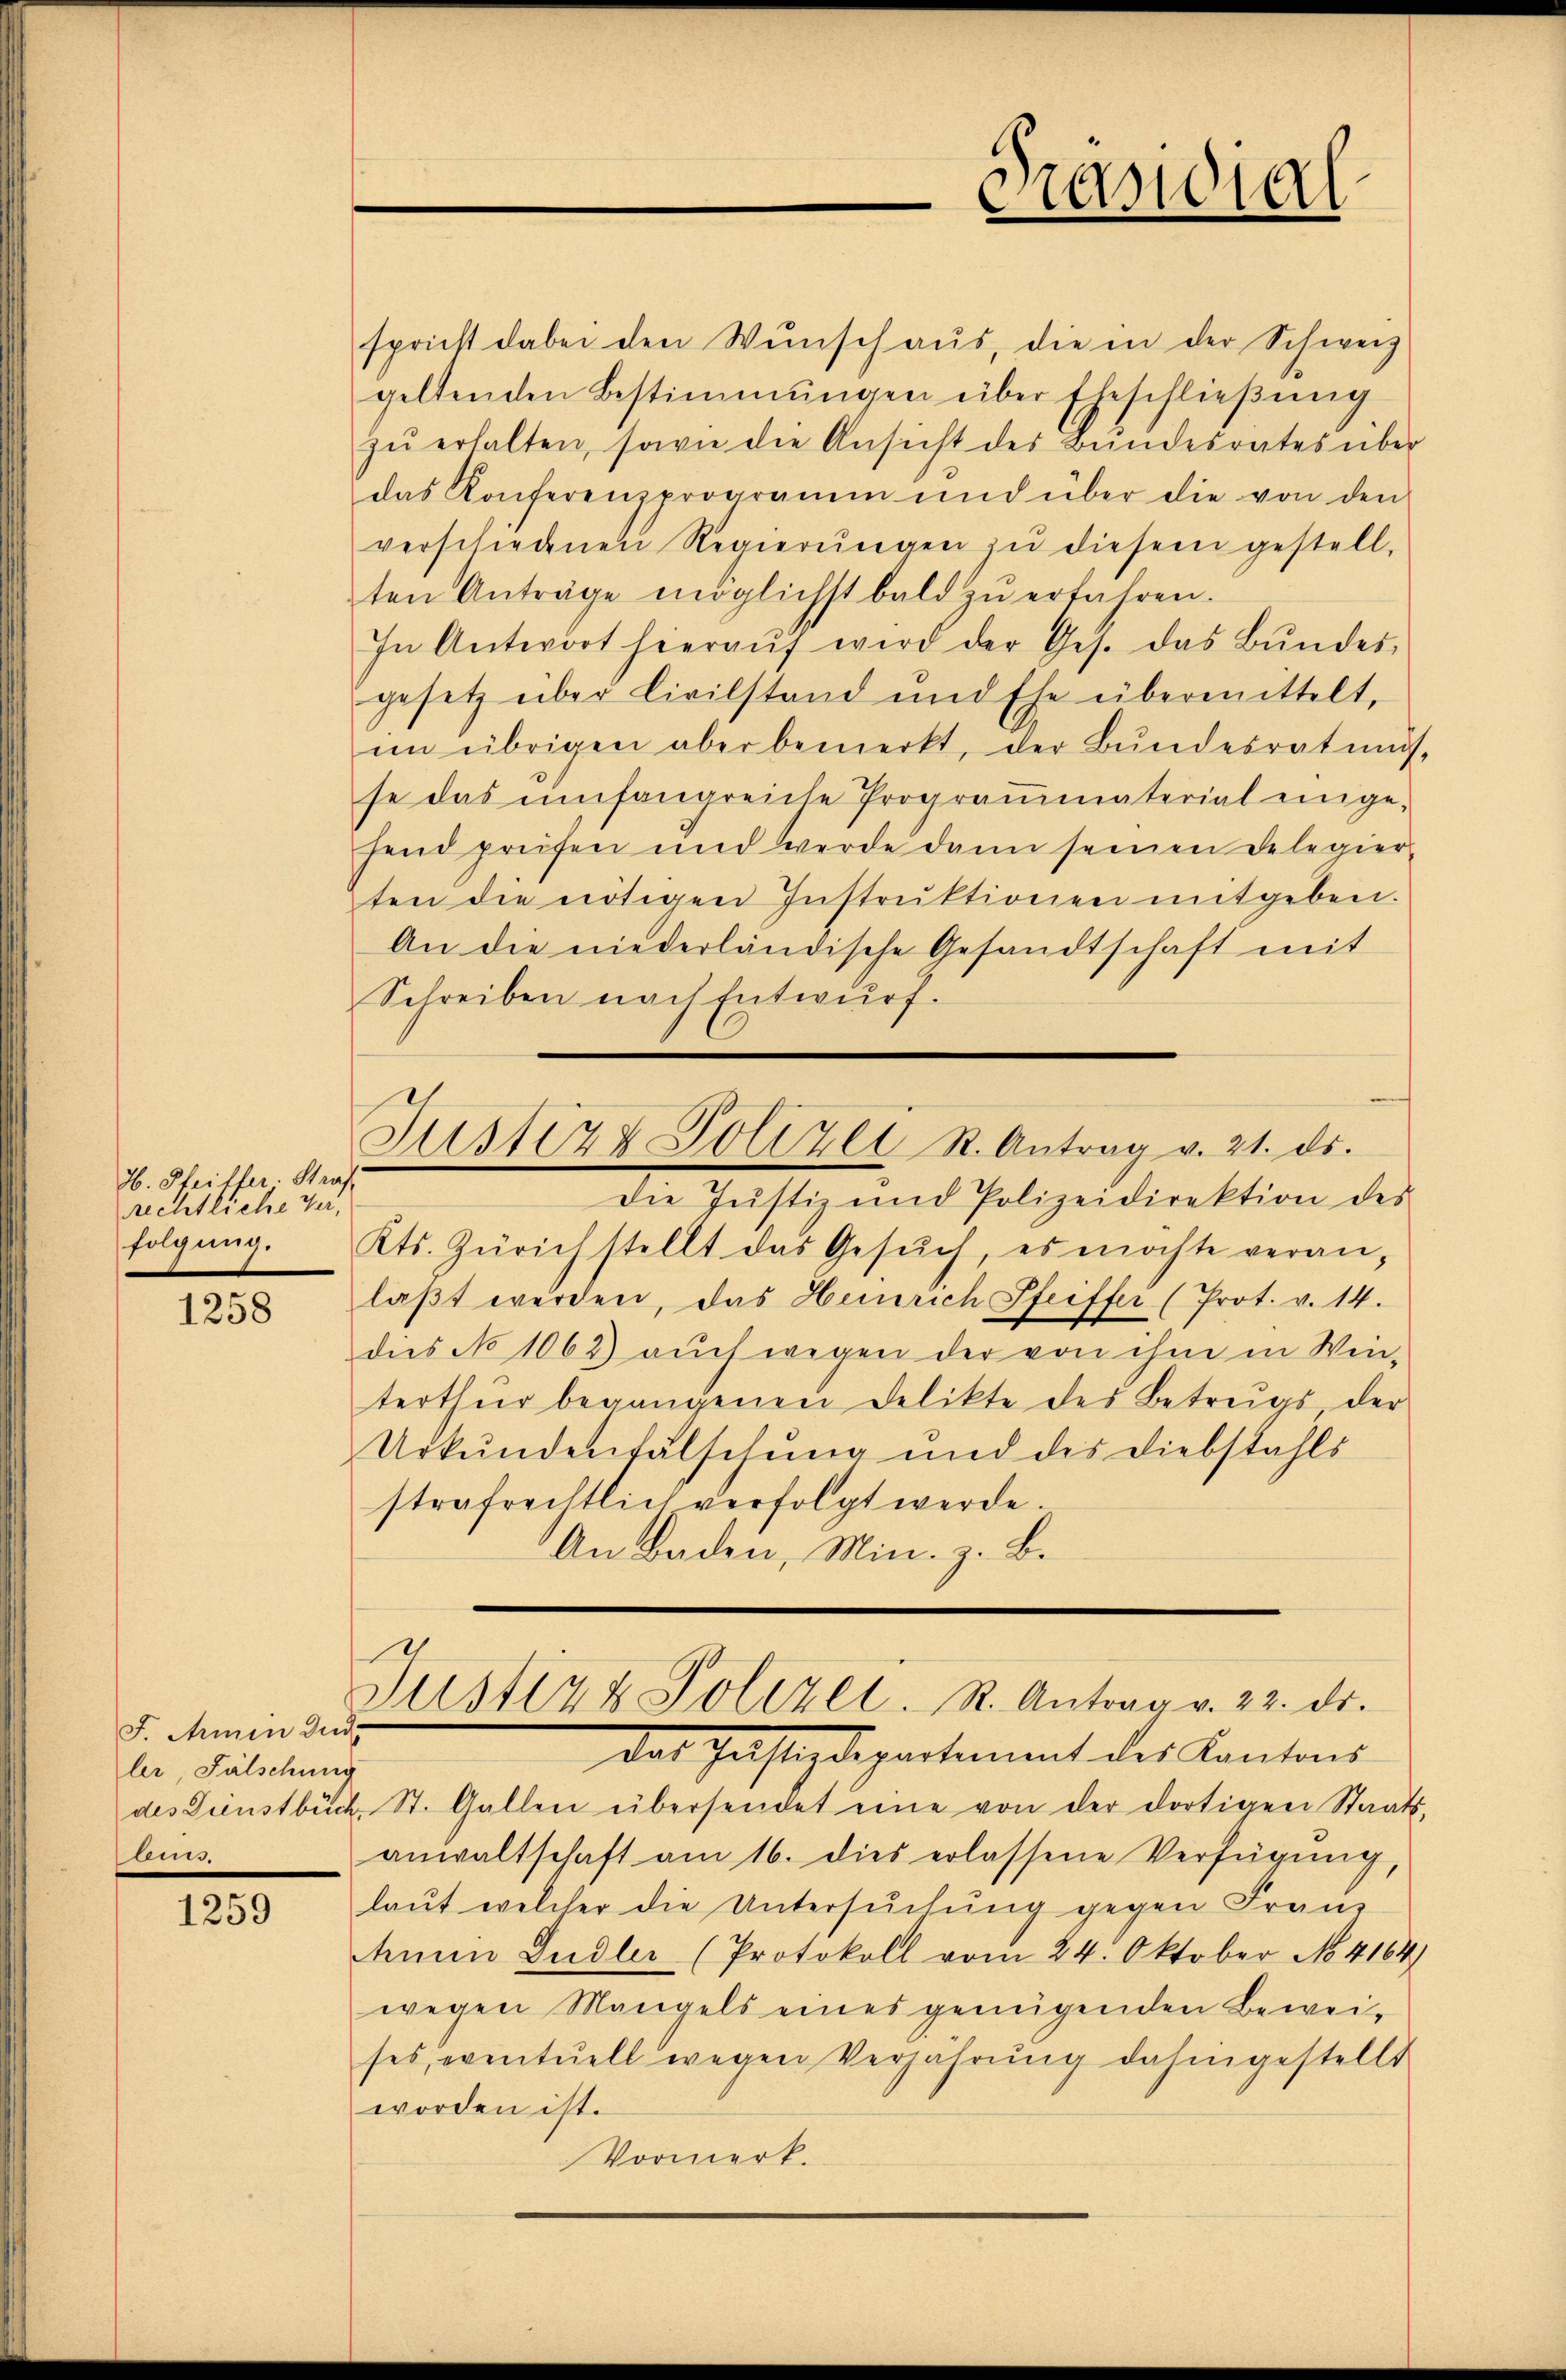
H. Pfeiffer, Straf
rechtliche Verfolgung.

1258

F. Aemin Ind
ler, Fälschung
luss.

1259

spricht dabei den Wŭnsch aŭs, die in der Schweiz
geltenden Bestimmungen über Eheschlieβŭng
zŭ erhalten, sowie die Ansicht des Bŭndesrates über
das Konferenzprogramm und über die von den
verschiedenen Regierŭngen zŭ diesem gestell-
ten Anträge möglichst bald zŭ erfahren.
In Antwort hieraŭf wird der Ges. das Bŭndes-
gesetz über Civilstand und Ehe übermittelt,
im übrigen aber bemerkt, der Bŭndesrat mus
se das umfangreiche Prograṁmaterial einge-
fend prüfen und werde dann seinen Delegier-
ten die nötigen Instrŭktionen mitgeben.
An die niederländische Gesandtschaft mit
Schreiben nach Entwurf.
Justiz & Polizei R. Antrag v. 21. ds.
Die Justiz und Polizeidirektion des
Kts. Zürich stellt das Gesŭch, es möchte veran-
laβt werden, das Heinrich Pfeiffer (Prot. v. 14.
dies No 1062) aŭch wegen der von ihm in Win-
terthur begangenen Delikte des Betrugs der
Urkundenfalschung und des Diebstahls
strafrechtlich verfolgt werde.
An Baden, Min. z. B.

Päsidial

Justiz & Polizei. S. Antrag v. 22. ds.

das Justizdepartement des Kantons
des Dienstbuch St. Gallen übersendet eine von der dortigen Staats-
anwaltschaft am 16. dies erlassene Verfügung,
laŭt welcher die Untersŭchŭng gegen Franz
Ahnen Gudler (Protokoll vom 24. Oktober No. 4164)
wegen Mangels eines genügenden Beweises, eventuell wegen Verjährung dahingestellt
worden ist.
Vormerk.